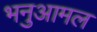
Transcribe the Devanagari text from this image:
भनुआमल